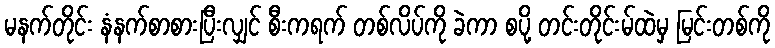
မနက်တိုင်း နံနက်စာစားပြီးလျှင် စီးကရက် တစ်လိပ်ကို ခဲကာ စပို့ တင်းတိုင်းမ်ထဲမှ မြင်းတစ်ကို